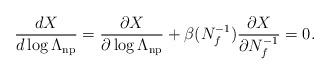
LaTeX: \begin{align*}\frac{dX}{d\log\Lambda_{\rm np}}=\frac{\partial X}{\partial\log\Lambda_{\rm np}}+\beta(N_f^{-1})\frac{\partial X}{\partial N_f^{-1}}=0.\end{align*}